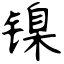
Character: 镍